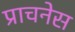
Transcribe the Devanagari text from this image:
प्राचनेस